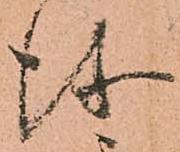
儀